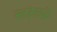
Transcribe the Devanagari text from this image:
मल्मेस्बुरी